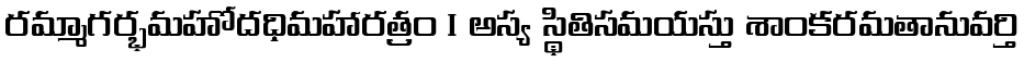
రమ్మాగర్భమహోదధిమహారత్రం । అస్య స్థితిసమయస్తు శాంకరమతానువర్తి